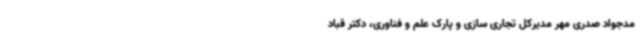
مدجواد صدری مهر مدیرکل تجاری سازی و پارک علم و فناوری، دکتر قباد